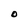
Character: O